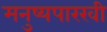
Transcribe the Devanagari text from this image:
मनुष्यपारखी